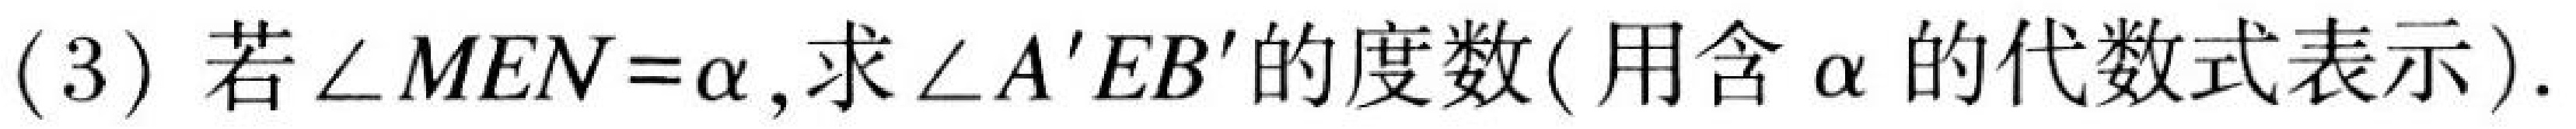
(3) 若$\angle MEN=\alpha$,求$\angle A'EB'$的度数( 用含$\alpha$的代数式表示).